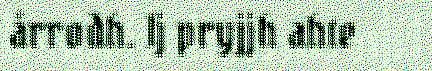
årrodh. Ij pryjjh ahte